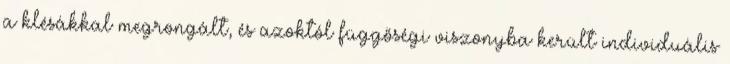
a klésákkal megrongált, és azoktól függőségi viszonyba került individuális